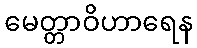
မေတ္တာဝိဟာရေန